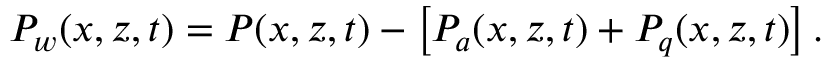
\begin{array} { r } { P _ { w } ( x , z , t ) = P ( x , z , t ) - \left[ P _ { a } ( x , z , t ) + P _ { q } ( x , z , t ) \right] . } \end{array}